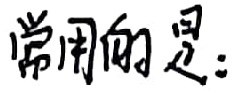
常用的是：